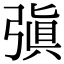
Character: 㣀